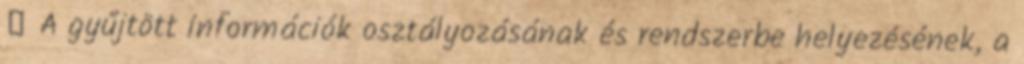
 A gyűjtött információk osztályozásának és rendszerbe helyezésének, a